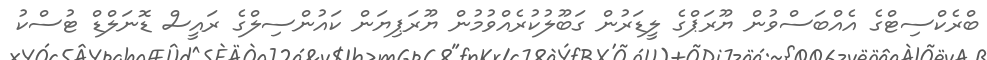
ބްރެކްސިޓްގެ އެއްބަސްވުން ޔޫރަޕްގެ ލީޑަރުން ގަބޫލުކުރެއްވުމުން ޔޫރަޕިޔަން ކައުންސިލްގެ ރައީސް ޑޮނަލްޑް ޓުސްކު